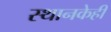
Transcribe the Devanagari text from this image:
स्थानकेही